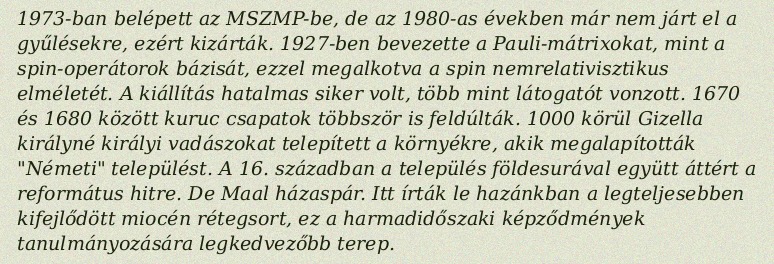
1973-ban belépett az MSZMP-be, de az 1980-as években már nem járt el a gyűlésekre, ezért kizárták. 1927-ben bevezette a Pauli-mátrixokat, mint a spin-operátorok bázisát, ezzel megalkotva a spin nemrelativisztikus elméletét. A kiállítás hatalmas siker volt, több mint látogatót vonzott. 1670 és 1680 között kuruc csapatok többször is feldúlták. 1000 körül Gizella királyné királyi vadászokat telepített a környékre, akik megalapították "Németi" települést. A 16. században a település földesurával együtt áttért a református hitre. De Maal házaspár. Itt írták le hazánkban a legteljesebben kifejlődött miocén rétegsort, ez a harmadidőszaki képződmények tanulmányozására legkedvezőbb terep.